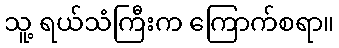
သူ့ ရယ်သံကြီးက ကြောက်စရာ။